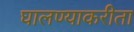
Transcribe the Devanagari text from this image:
घालण्याकरीता